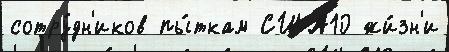
сотру́дн'иков пы́ткам США10 жи́зн'и